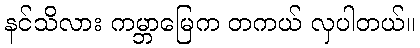
နင်သိလား ကမ္ဘာမြေက တကယ် လှပါတယ်။